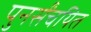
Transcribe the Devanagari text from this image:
पुनर्संचयित